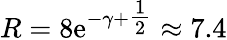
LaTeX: R=8\mathrm{e}^{-\gamma+{\textstyle{\frac{{1}}{{2}}}}}\approx7.4